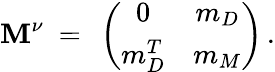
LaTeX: \mathbf{M}^{\nu}\ =\ \left(\begin{array}{cc}{{0}}&{{m_{D}}}\\ {{m_{D}^{T}}}&{{m_{M}}}\end{array}\right)\, .